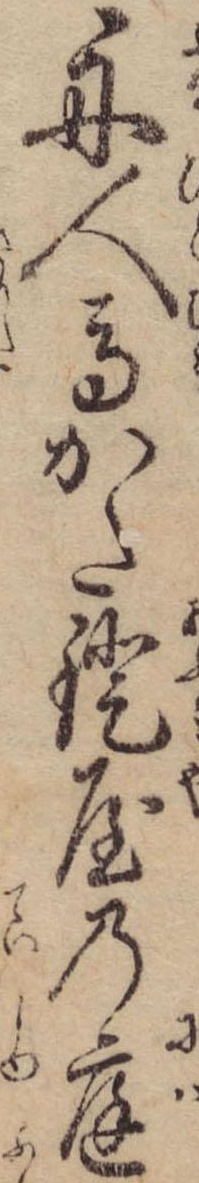
舟人馬かた鐙屋の庭